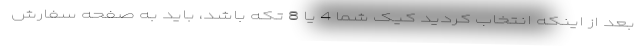
بعد از اینکه انتخاب کردید کیک شما 4 یا 8 تکه باشد، باید به صفحه سفارش